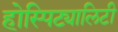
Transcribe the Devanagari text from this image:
होस्पिट्यालिटी